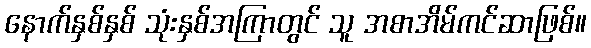
နောက်နှစ်နှစ် သုံးနှစ်အကြာတွင် သူ အစာအိမ်ကင်ဆာဖြစ်။